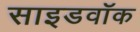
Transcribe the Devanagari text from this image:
साइडवॉक